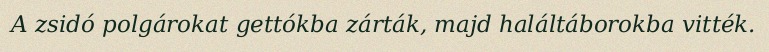
A zsidó polgárokat gettókba zárták, majd haláltáborokba vitték.